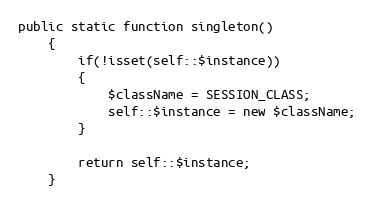
Language: PHP
public static function singleton()
	{
		if(!isset(self::$instance))
		{
			$className = SESSION_CLASS;
			self::$instance = new $className;
		}

		return self::$instance;
	}